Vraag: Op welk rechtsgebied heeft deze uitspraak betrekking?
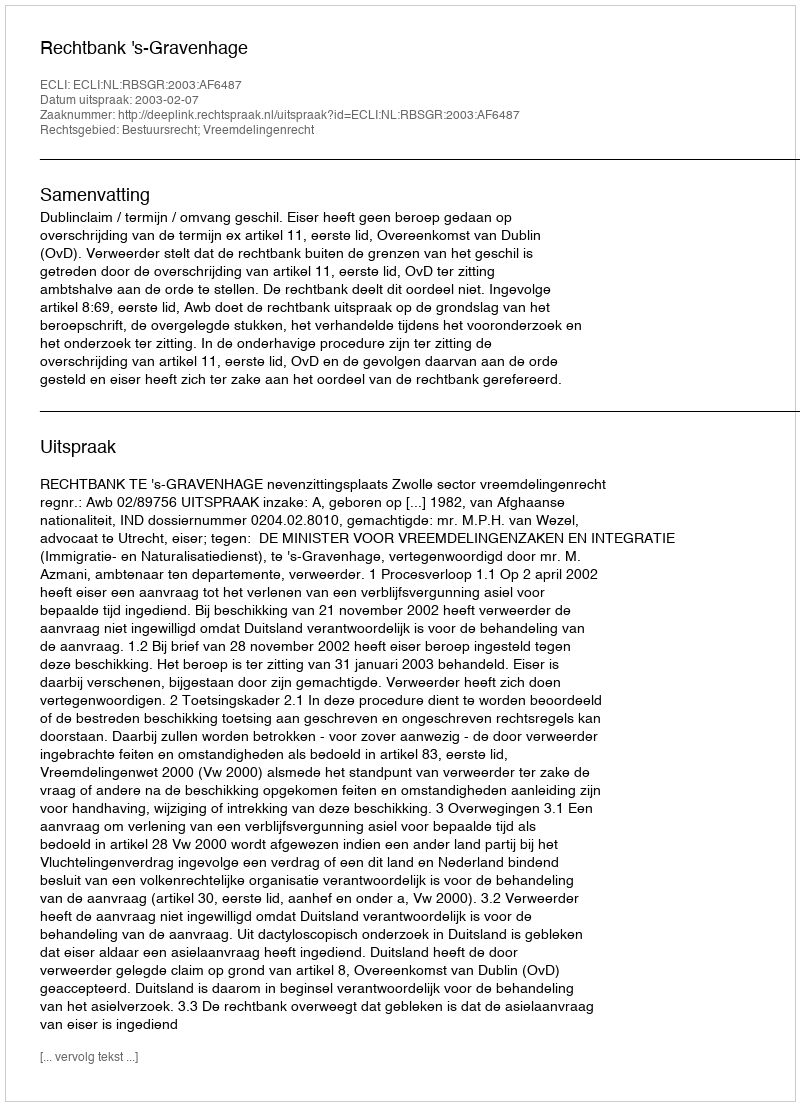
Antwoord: Bestuursrecht; Vreemdelingenrecht